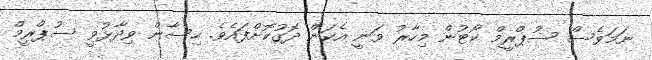
ނަމަވެސް ސުޕްރީމް ކޯޓުން މިހާރު ވަނީ އެކަން ދޮގުކޮށްފައެވެ. ހިސާން ވިދާޅުވީ ސުޕްރީމް